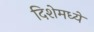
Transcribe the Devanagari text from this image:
दिशेमध्ये